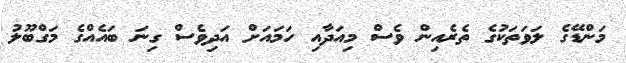
މަންޑޭގެ ލަވަތަކުގެ ތެރެއިން ވެސް މިއަދާއި ހަމައަށް އަދިވެސް ގިނަ ބައެއްގެ މަގްބޫލު